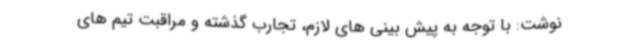
نوشت: با توجه به پیش بینی های لازم، تجارب گذشته و مراقبت تیم های